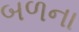
બળના